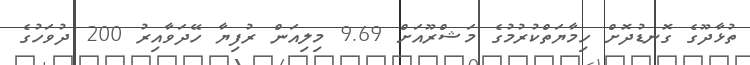
ތުޅާދޫގެ ގޮނޑުދޮށް ހިމާޔަތްކުރުމުގެ މަޝްރޫއަށް 9.69 މިލިއަން ރުފިޔާ ހޭދަވާއިރު 200 ދުވަހުގެ